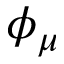
\phi _ { \mu }